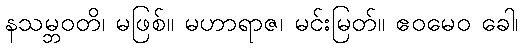
နသမ္ဘဝတိ၊ မဖြစ်။ မဟာရာဇ၊ မင်းမြတ်။ ဧဝမေဝ ခေါ၊